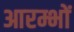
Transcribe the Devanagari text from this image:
आरम्भों